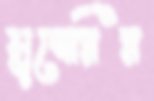
মুম্বেরির